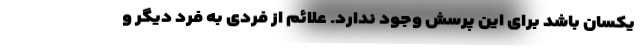
یکسان باشد برای این پرسش وجود ندارد. علائم از فردی به فرد دیگر و